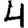
Digit: 4